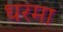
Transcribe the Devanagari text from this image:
धरमा